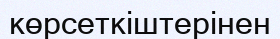
көрсеткіштерінен